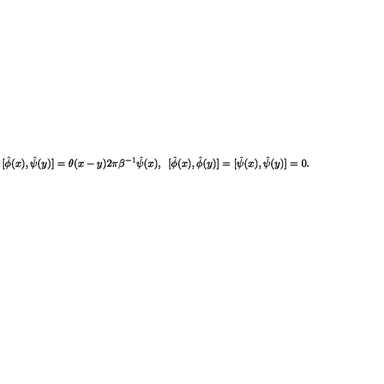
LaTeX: [ \hat { \phi } ( x ) , \hat { \psi } ( y ) ] = \theta ( x - y ) 2 \pi \beta ^ { - 1 } \hat { \psi } ( x ) , \enspace [ \hat { \phi } ( x ) , \hat { \phi } ( y ) ] = [ \hat { \psi } ( x ) , \hat { \psi } ( y ) ] = 0 .